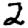
Digit: 2